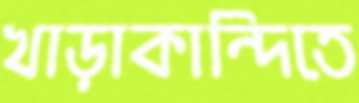
খাড়াকান্দিতে